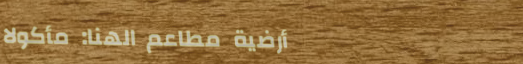
أرضية مطاعم الهنا: مأكولا